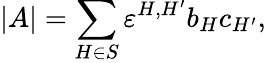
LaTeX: |A|=\sum_{H\in S}\varepsilon^{H,H^{\prime}}b_{H}c_{H^{\prime}},